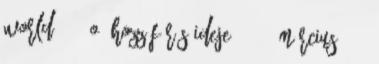
World, 88. o. Hozzáférés ideje: 2011. március 6. ↑